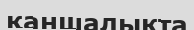
қаншалықта